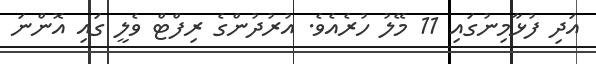
އަދި ފުޅާމިނުގައި 11 މޭލު ހުރެއެެވެ. އުރުދުންގެ ރިފްޓް ވެލީ ގައި އޮންނަ